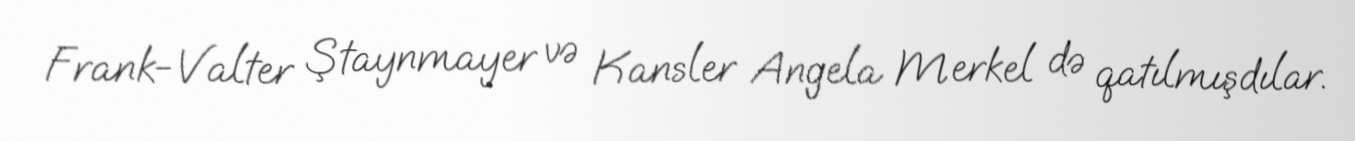
Frank-Valter Ştaynmayer və Kansler Angela Merkel də qatılmışdılar.